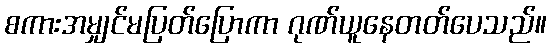
စကားအမျှင်မပြတ်ပြောကာ ဂုဏ်ယူနေတတ်ပေသည်။